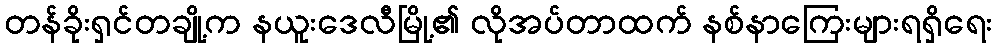
တန်ခိုးရှင်တချို့က နယူးဒေလီမြို့၏ လိုအပ်တာထက် နစ်နာကြေးများရရှိရေး